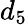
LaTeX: d_{\mathrm{{5}}}